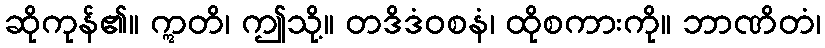
ဆိုကုန်၏။ ဣတိ၊ ဤသို့။ တဒိဒံဝစနံ၊ ထိုစကားကို။ ဘာဏိတံ၊